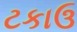
ટકાઉ